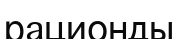
рационды